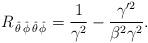
LaTeX: \begin{align*}R_{\,\hat{\theta}\,\hat{\phi}\,\hat{\theta}\,\hat{\phi}}={1\over\gamma^2}-\frac{\gamma'^2}{\beta^2\gamma^2}.\end{align*}